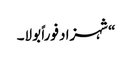
“شہزاد فوراً بولا۔